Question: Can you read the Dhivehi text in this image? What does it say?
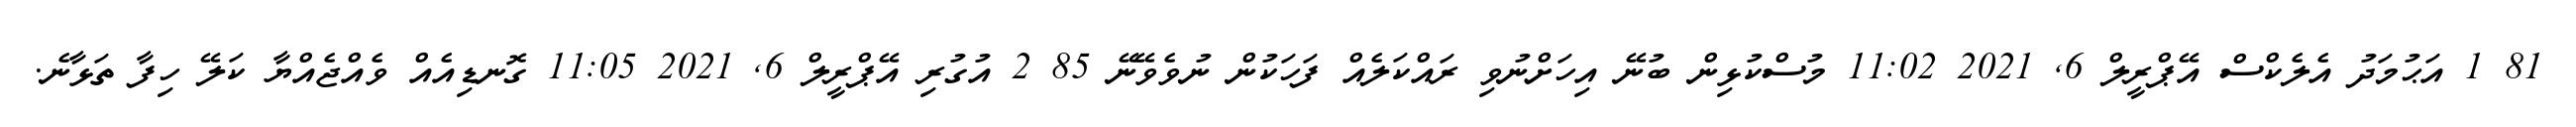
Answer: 81 1 އަޙުމަދު އެލެކްސް އޭޕްރީލް 6, 2021 11:02 މުސްކުޅިން ބުނޭ އިހަށްނުވި ރައްކަލެއް ފަހަކުން ނުވެވޭނޭ 85 2 އުގުރި އޭޕްރީލް 6, 2021 11:05 ގޮނޑިއެއް ވެއްޖެއްޔާ ކަލޭ ހިފާ ތަޅާނެ.